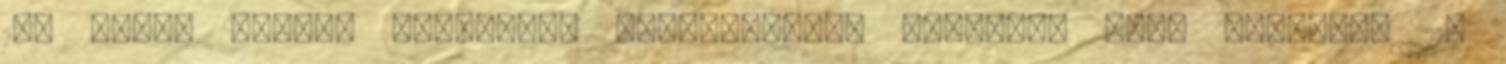
144 nm-es aszaló tanműhely kialakítása, valamint két, összesen 116